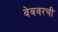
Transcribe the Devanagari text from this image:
वेबवरची